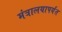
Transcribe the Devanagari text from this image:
मंत्रालयापर्यंत